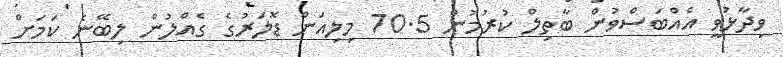
ވިދާޅުވީ އެއްބަސްވުން ބާތިލް ކުރުމުން 70.5 މިލިއަން ޑޮލަރުގެ ގެއްލުން ލިބޭނެ ކަމަށް